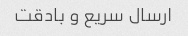
ارسال سریع و بادقت